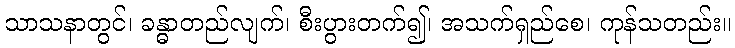
သာသနာတွင်၊ ခန္ဓာတည်လျက်၊ စီးပွားတက်၍၊ အသက်ရှည်စေ၊ ကုန်သတည်း။